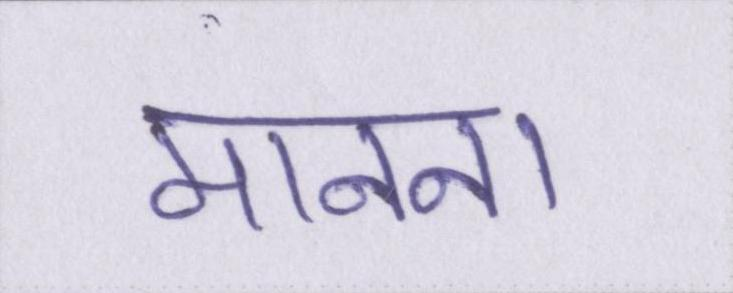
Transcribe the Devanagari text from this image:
मानना